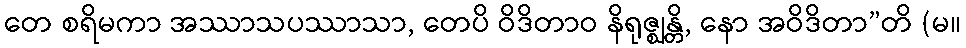
တေ စရိမကာ အဿာသပဿာသာ, တေပိ ဝိဒိတာဝ နိရုဇ္ဈန္တိ, နော အဝိဒိတာ”တိ (မ။